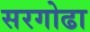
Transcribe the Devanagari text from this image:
सरगोढा